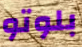
بلوتو